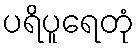
ပရိပူရေတုံ